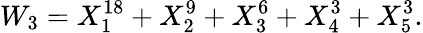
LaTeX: W_{3}=X_{1}^{18}+X_{2}^{9}+X_{3}^{6}+X_{4}^{3}+X_{5}^{3}.